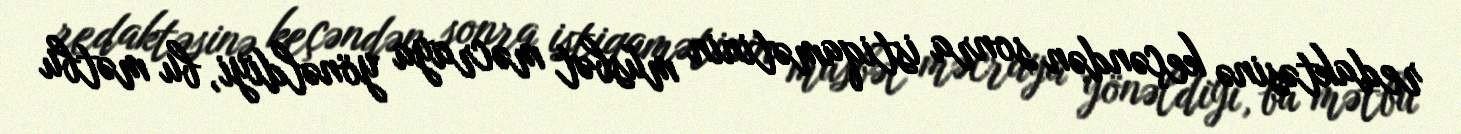
redaktəsinə keçəndən sonra istiqamətinin müsbət məcraya yönəldiyi, bu mətbu